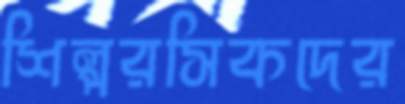
শিল্পরসিকদের